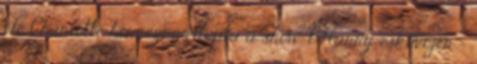
elé Charlotte hercegnő ellopta a show-t Harry esküvőjén -